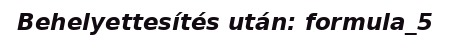
Behelyettesítés után: formula_5